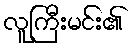
လူကြီးမင်း၏